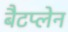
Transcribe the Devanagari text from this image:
बैटप्लेन